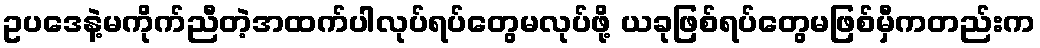
ဥပဒေနဲ့မကိုက်ညီတဲ့အထက်ပါလုပ်ရပ်တွေမလုပ်ဖို့ ယခုဖြစ်ရပ်တွေမဖြစ်မှီကတည်းက